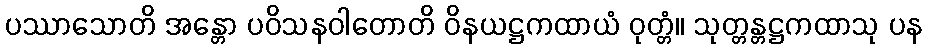
ပဿာသောတိ အန္တော ပဝိသနဝါတောတိ ဝိနယဋ္ဌကထာယံ ဝုတ္တံ။ သုတ္တန္တဋ္ဌကထာသု ပန